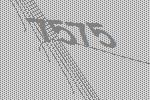
7575